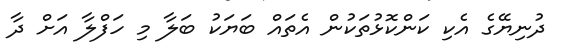
ދުނިޔޭގެ އެކި ކަންކޮޅުތަކުން އެތައް ބަޔަކު ބަލާ މި ހަފްލާ އަށް ދާ